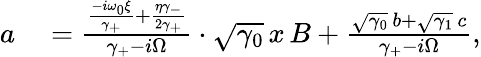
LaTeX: \begin{array}{rl}{a}&{{}=\frac{\frac{-i\omega_{0}\xi}{\gamma_{+}}+\frac{\eta\gamma_{-}}{2\gamma_{+}}}{\gamma_{+}-i\Omega}\cdot\sqrt{\gamma_{0}}\, x\, B+\frac{\sqrt{\gamma_{0}}\, b+\sqrt{\gamma_{1}}\, c}{\gamma_{+}-i\Omega},}\end{array}